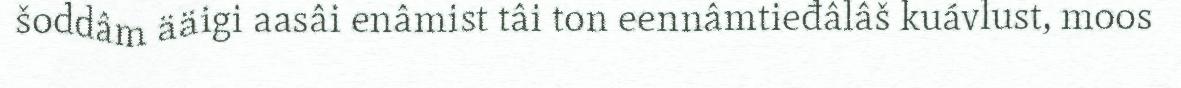
šoddâm ääigi aasâi enâmist tâi ton eennâmtieđâlâš kuávlust, moos